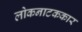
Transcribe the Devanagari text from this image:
लोकनाटककार